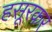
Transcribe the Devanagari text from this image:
हसूरकर